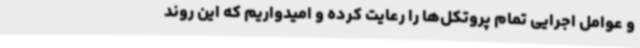
و عوامل اجرایی تمام پروتکل‌ها را رعایت کرده و امیدواریم که این روند